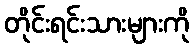
တိုင်းရင်းသားများကို